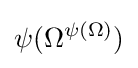
\psi (\Omega ^{\psi (\Omega )})